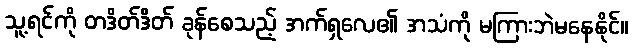
သူ့ရင်ကို တဒိတ်ဒိတ် ခုန်စေသည့် အက်ရှလေ၏ အသံကို မကြားဘဲမနေနိုင်။